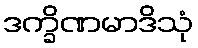
ဒက္ခိဏမာဒိသုံ